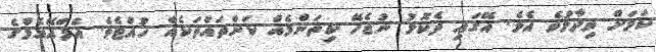
ކަމަށް ވިދާޅުވެ އެވެ. އޭގައި ދެކޮޅު ނުޖެހޭ ކިތަންމެއް ކަންތައްތަކެއް ހުއްޓެވެ. އެފްއޭއެމްގެ